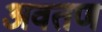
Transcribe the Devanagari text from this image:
अवतण